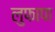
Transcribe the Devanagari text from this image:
लुफापा